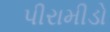
પીરામીડો